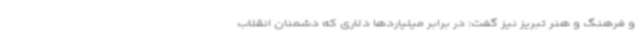
و فرهنگ و هنر تبریز نیز گفت: در برابر میلیاردها دلاری که دشمنان انقلاب